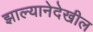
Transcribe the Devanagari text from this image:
झाल्यानेदेखील